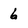
Character: 6